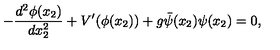
- \frac { d ^ { 2 } \phi ( x _ { 2 } ) } { d x _ { 2 } ^ { 2 } } + V ^ { \prime } ( \phi ( x _ { 2 } ) ) + g { \bar { \psi } } ( x _ { 2 } ) \psi ( x _ { 2 } ) = 0 ,